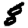
Digit: 8